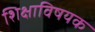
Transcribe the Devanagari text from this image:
शिक्षाविषयक